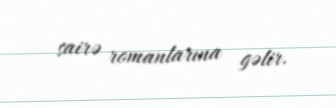
sairə romanlarına gəlir.